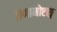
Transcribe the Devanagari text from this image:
प्रणामोष्टाङ्ग